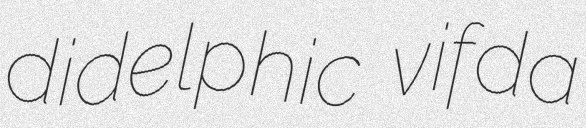
didelphic vifda